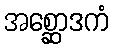
အစ္ဆောဒကံ